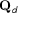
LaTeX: \mathbf { Q } _ { d }